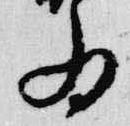
為